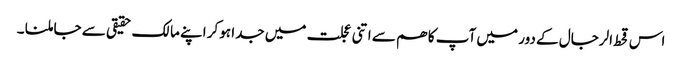
اس قحط الرجال کے دور میں آپ کا ھم سے اتنی عجلت میں جدا ہوکر اپنے مالک حقیقی سے جا ملنا ۔